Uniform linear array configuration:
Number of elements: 24
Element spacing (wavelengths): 0.25
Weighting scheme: exponential
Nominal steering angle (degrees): -60
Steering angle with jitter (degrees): -61.58
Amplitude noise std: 0.05
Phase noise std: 0.05

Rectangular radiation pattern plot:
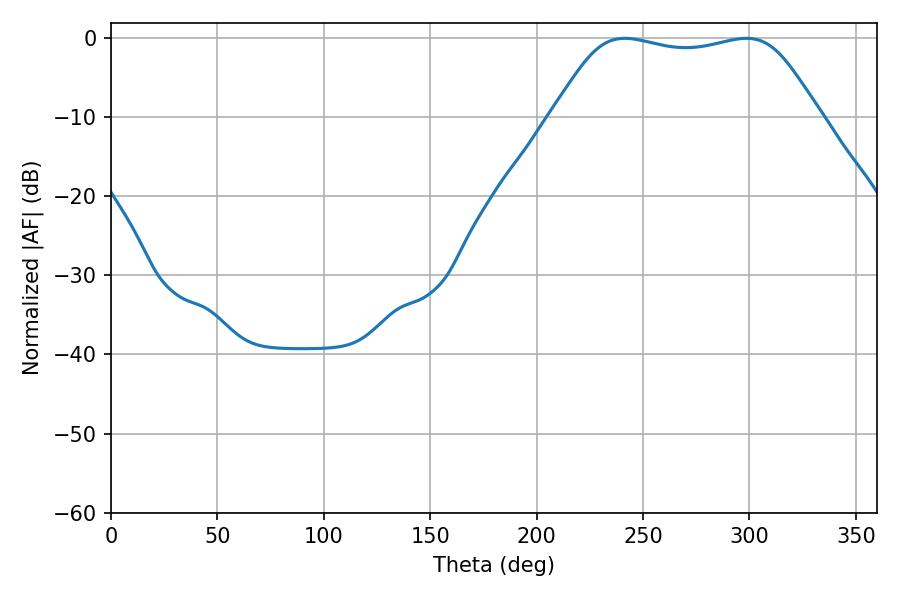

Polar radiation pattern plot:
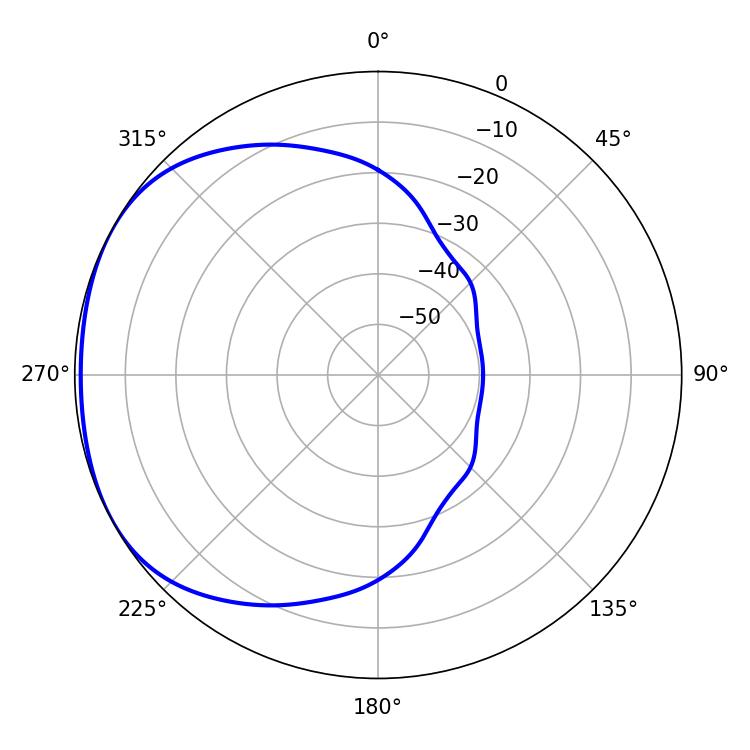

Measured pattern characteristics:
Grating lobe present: FALSE
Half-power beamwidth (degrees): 95.04
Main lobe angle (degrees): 241.38